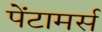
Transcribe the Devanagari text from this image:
पेंटामर्स